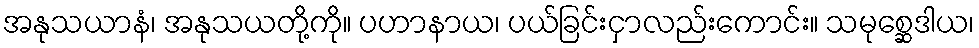
အနုသယာနံ၊ အနုသယတို့ကို။ ပဟာနာယ၊ ပယ်ခြင်းငှာလည်းကောင်း။ သမုစ္ဆေဒါယ၊